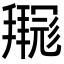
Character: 𫹊